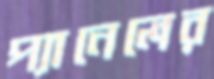
প্যানেলের